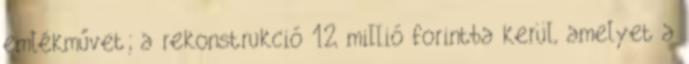
emlékművet; a rekonstrukció 12 millió forintba kerül, amelyet a